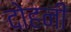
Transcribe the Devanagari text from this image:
दोहनी